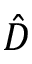
\hat { D }